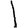
Digit: 1